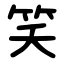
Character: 笑